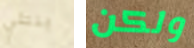
بنتلي ولكن